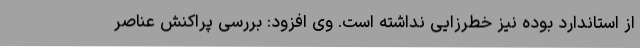
از استاندارد بوده نیز خطرزایی نداشته است. وی افزود: بررسی پراکنش عناصر